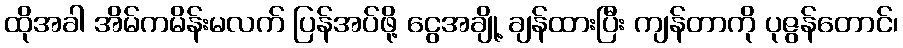
ထိုအခါ အိမ်ကမိန်းမလက် ပြန်အပ်ဖို့ ငွေအချို့ ချန်ထားပြီး ကျန်တာကို ပုဇွန်တောင်၊